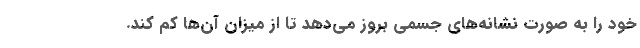
خود را به صورت نشانه‌های جسمی بروز می‌دهد تا از میزان آن‌ها کم کند.